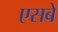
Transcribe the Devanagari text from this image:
एसबे